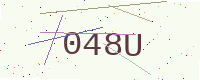
Text: 048U